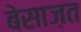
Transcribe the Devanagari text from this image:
बेसाज़त